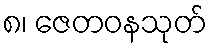
၈၊ ဇေတဝနသုတ်